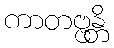
ကာတဗ္ဗန္တိ